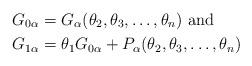
LaTeX: \begin{align*}G_{0\alpha} &= G_\alpha(\theta_2, \theta_3, \ldots, \theta_n) \hbox{ and }\\G_{1\alpha} &= \theta_1 G_{0\alpha} + P_{\alpha}(\theta_2, \theta_3, \ldots, \theta_n) \end{align*}